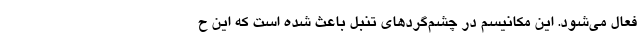
فعال می‌شود. این مکانیسم در چشم‌گردهای تنبل باعث شده است که این ح